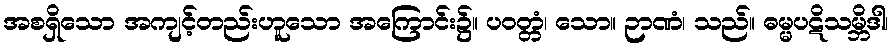
အစရှိသော အကျင့်တည်းဟူသော အကြောင်း၌။ ပဝတ္တံ၊ သော။ ဉာဏံ၊ သည်။ ဓမ္မပဋိသမ္ဘိဒါ၊